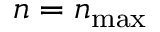
n = n _ { \mathrm { m a x } }